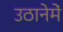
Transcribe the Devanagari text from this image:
उठानेमें